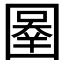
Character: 𰉓